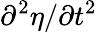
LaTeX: \partial^{2}\eta/\partial t^{2}